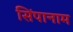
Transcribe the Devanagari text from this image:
सिंपानाम